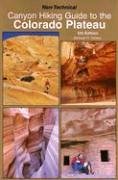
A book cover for Non-Technical Canyon Hiking Guide to the Colorado Plateau; Michael R. Kelsey; Travel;